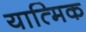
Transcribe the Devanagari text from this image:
यात्मिक